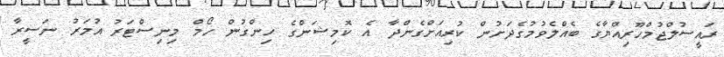
ރައީސުލްޖުމްހޫރިއްޔާގެ ބެއްލެވުމުގެދަށުން ކުރިއަށްގެންދާ އެ ކޮމިޝަންގެ ހިންގުން ހޯމް މިނިސްޓަރު އުމަރު ނަސީރާ